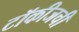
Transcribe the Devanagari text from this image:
टॉकीजची